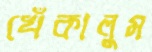
খেঁকালুম